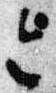
令